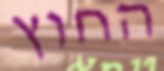
החוץ